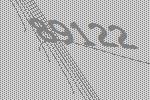
89122